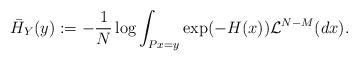
LaTeX: \begin{align*}\bar{H}_Y(y) &: = - \frac{1}{N} \log \int_{Px = y} \exp(-H(x)) \mathcal{L}^{N-M}(dx) .\end{align*}